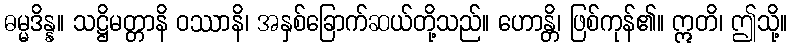
ဓမ္မဒိန္န။ သဋ္ဌိမတ္တာနိ ဝဿာနိ၊ အနှစ်ခြောက်ဆယ်တို့သည်။ ဟောန္တိ၊ ဖြစ်ကုန်၏။ ဣတိ၊ ဤသို့။